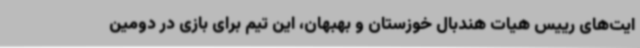
ایت‌های رییس هیات هندبال خوزستان و بهبهان، این تیم برای بازی در دومین